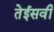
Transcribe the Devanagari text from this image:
तेईसवी